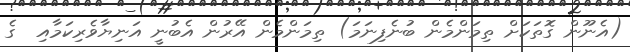
(އެނޫން ގޮތަކަށް ތިމަންމެން ބުނެފިނަމަ) ތިމަންމެން އޭރުން އެބުނީ އަނިޔާވެރިކަމާއި  ގެ